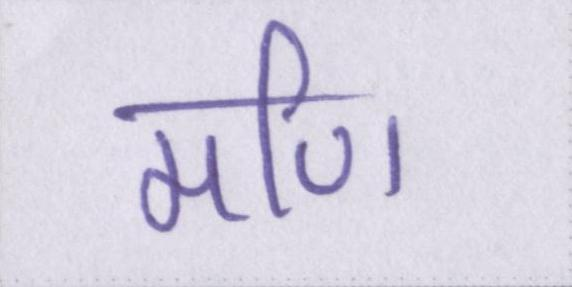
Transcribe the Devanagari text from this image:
मणि